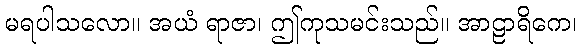
မရပါသလော။ အယံ ရာဇာ၊ ဤကုသမင်းသည်။ အာဠာရိကေ၊